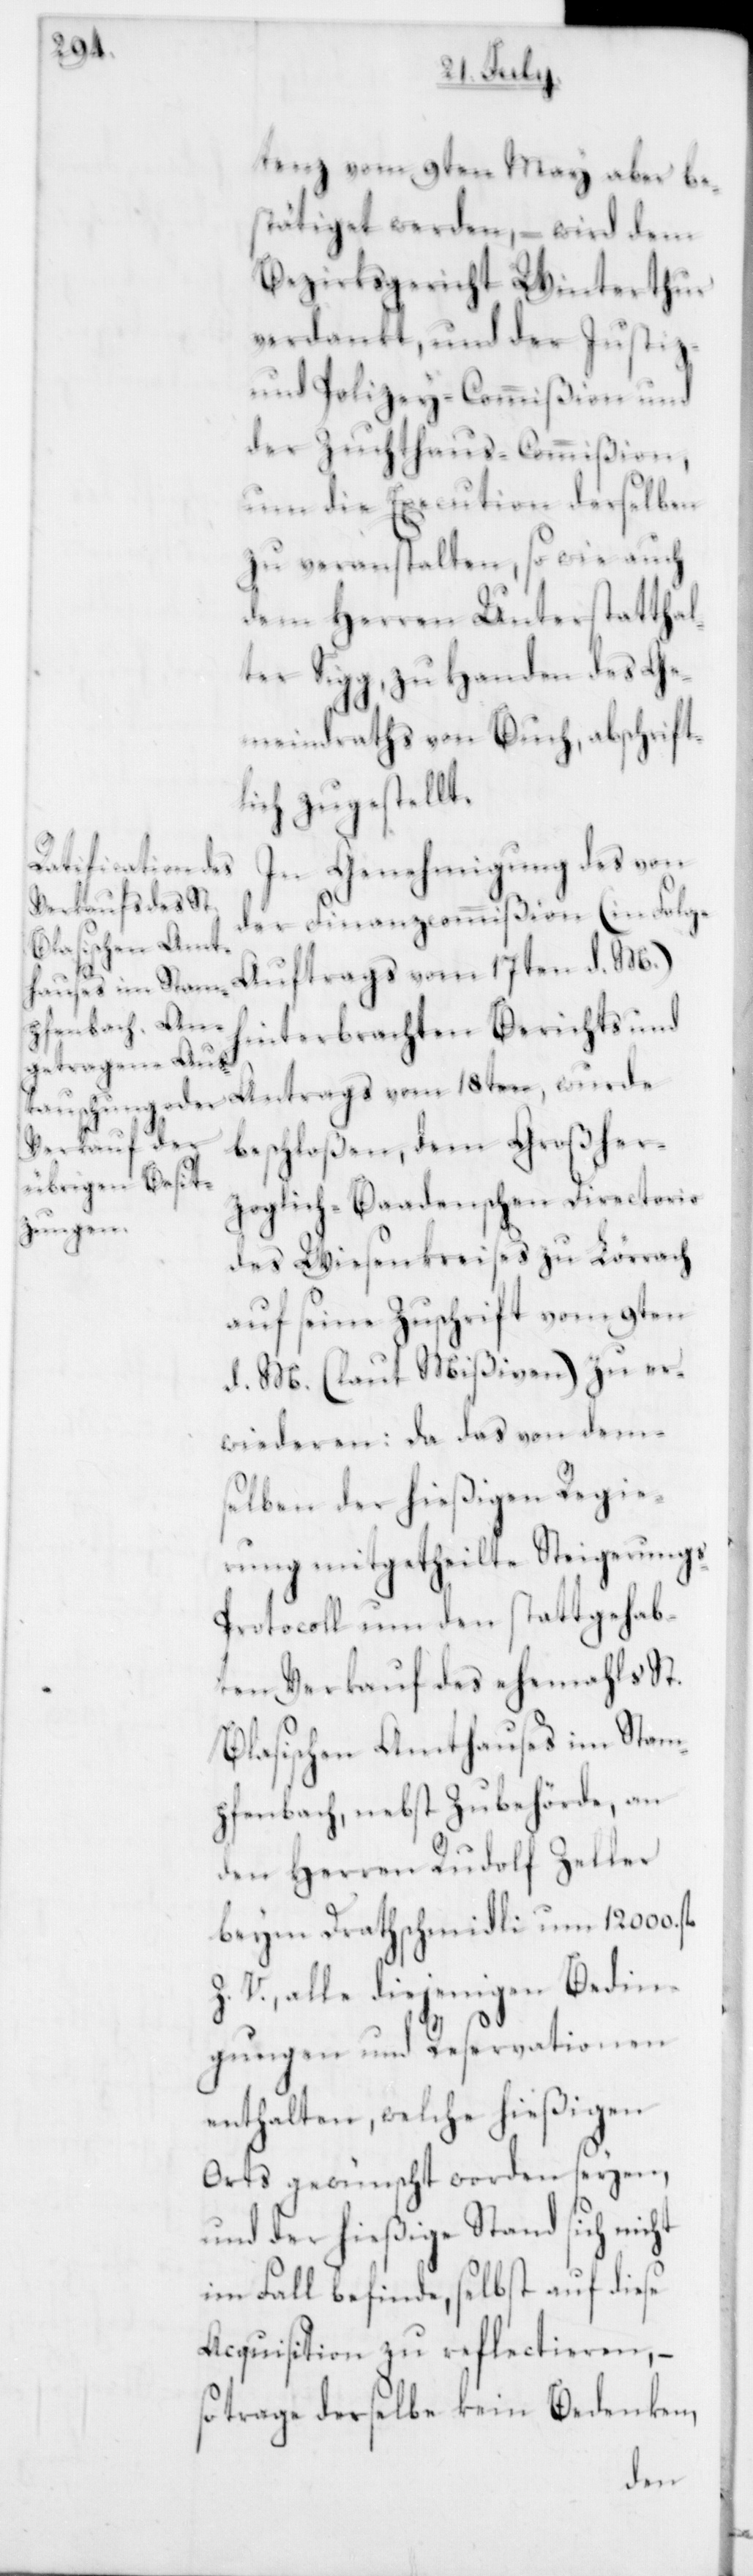
t.-B¬
tenz vom 9ten May aber be¬
stätiget worden, – wird dem
Bezirksgericht Winterthur
verdankt, und der Justiz-
und Polizey-Commißion und
der Zuchthaus-Commißion,
um die Execution derselben
zu veranstalten, sowie auch
dem Herren Unterstatthal¬
ter Sigg, zu Handen des Ge¬
meindraths von Buch, abschrift¬
lich zugestellt.
In Genehmigung des von
der Finanzcommißion (in Folge
Auftrags vom 17ten d. M.)
hinterbrachten Berichts und
beschloßen, dem Großher¬
zoglich-Baadenschen Directorio
des Wiesenkreises zu Lörrach
auf seine Zuschrift vom 9ten
d. M. (laut Mißiven) zu er¬
wiederen: Da das von dem¬
selben der hießigen Regie¬
rung mitgetheilte Steigerung¬
s-Protocoll um den stattgehab¬
ten Verkauf des ehemahls S¬
lasischen Amthauses im Stam¬
pfenbach nebst Zubehörde, an
den Herren Rudolf Zeller
beym Drathschmidli um 12 000.
Z. V., alle diejenigen Bedin¬
gungen und Reservationen
enthalten, welche hießigen
Orts gewünscht worden seyen,
und der hießige Stand sich nicht
im Fall befinde, selbst auf diese
Acquisition zu reflectieren, –
trage derselbe kein Bedenken,